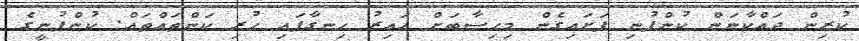
ކުރިން ދައްކާނަން ކުންފުނި ފަށައިގެން މިހިސާބަށް އައިރު ހިނގާފައި ހުރި ކަންތައްތައް. ކުންފުނީގެ